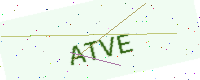
Text: ATVE